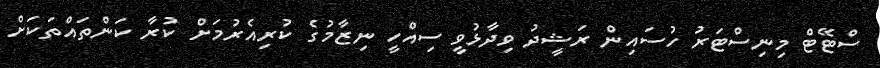
ސްޓޭޓް މިނިސްޓަރު ހުސައިން ރަޝީދު ވިދާޅުވީ ސިއްހީ ނިޒާމުގެ ކުރިއެރުމަށް ކުރާ ކަންތައްތަކަށް